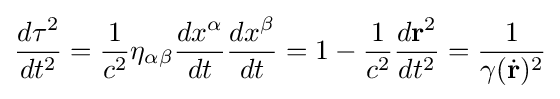
{\frac {d\tau ^{2}}{dt^{2}}}={\frac {1}{c^{2}}}\eta _{\alpha \beta }{\frac {dx^{\alpha }}{dt}}{\frac {dx^{\beta }}{dt}}=1-{\frac {1}{c^{2}}}{\frac {d\mathbf {r} ^{2}}{dt^{2}}}={\frac {1}{\gamma ({\dot {\mathbf {r} }})^{2}}}